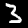
Digit: 3